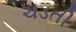
ચડતી